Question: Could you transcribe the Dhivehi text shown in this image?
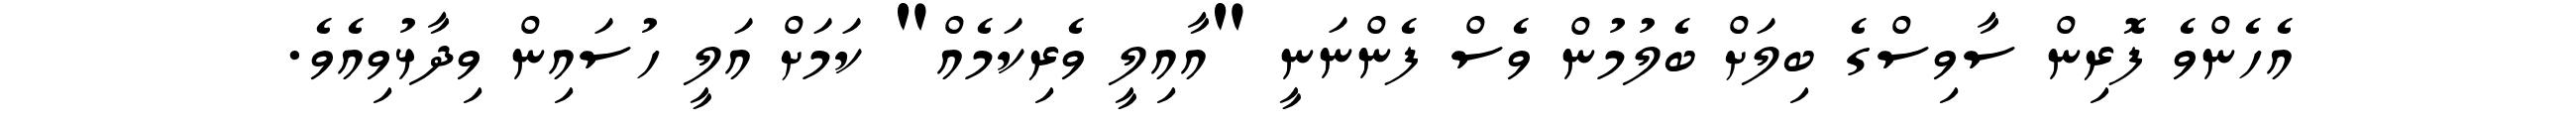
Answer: އެހެންވެ ފޮރިން ސާވިސްގެ ބިލަށް ބެލުމުން ވެސް ފެންނަނީ "އާއިލީ ވެރިކަމެއް" ކަމަށް އަލީ ހުސައިން ވިދާޅުވިއެވެ.